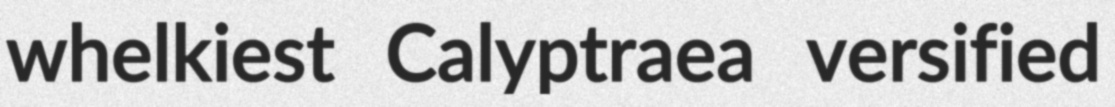
whelkiest Calyptraea versified